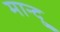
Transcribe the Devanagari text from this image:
मान्दु